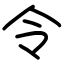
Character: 令